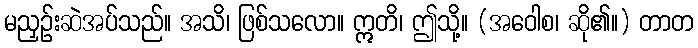
မညှဉ်းဆဲအပ်သည်။ အသိ၊ ဖြစ်သလော။ ဣတိ၊ ဤသို့။ (အဝေါစ၊ ဆို၏။) တာတ